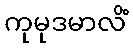
ကုမုဒမာလိံ